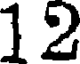
12